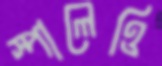
স্পালেত্তি